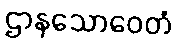
ဌာနသောဝေတံ